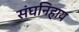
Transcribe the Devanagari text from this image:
संघनिहाय